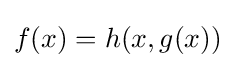
f(x)=h(x,g(x))